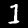
Label: 1